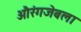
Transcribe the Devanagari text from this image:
औरंगजेबला